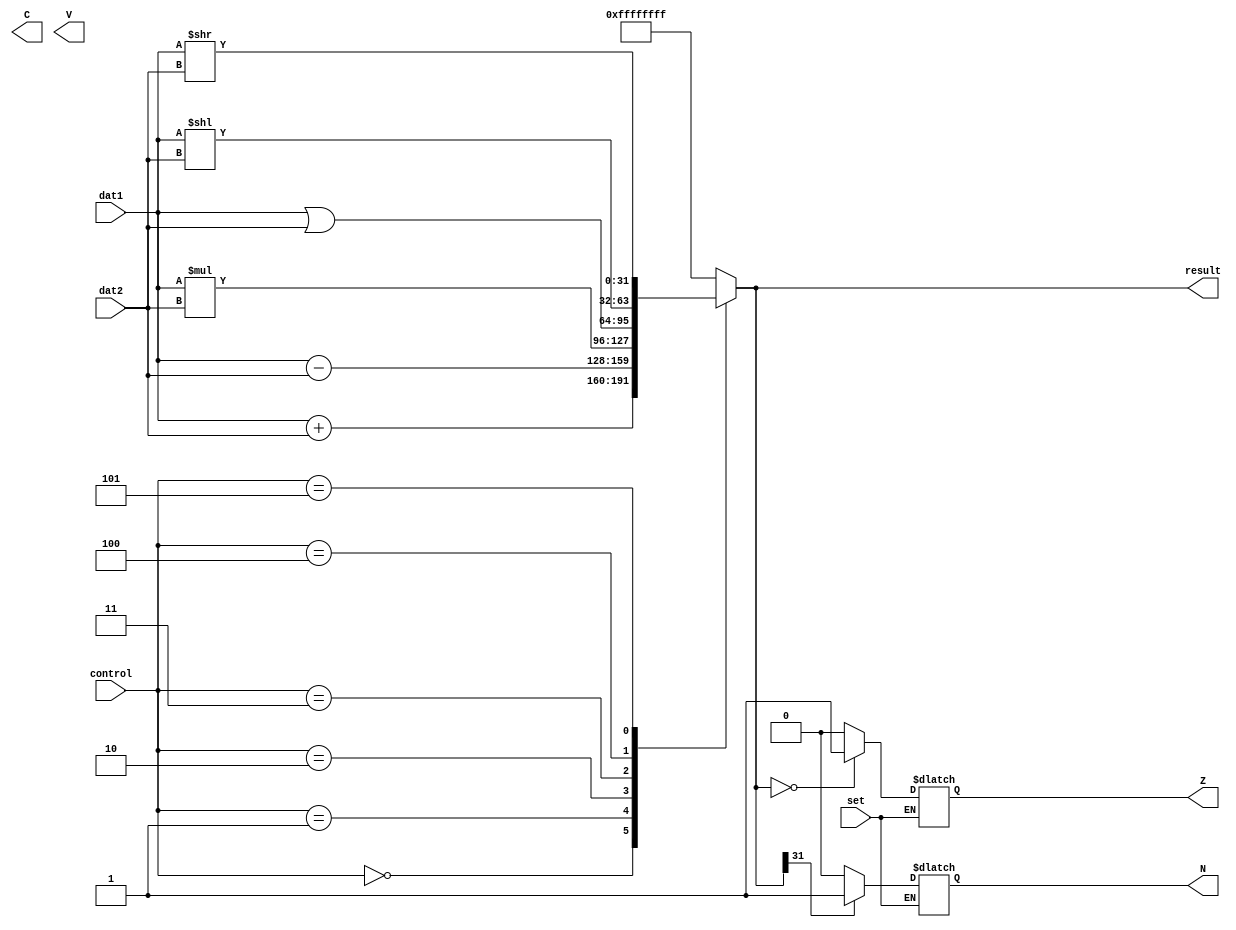
`timescale 1ns / 1ps

module ALU(
	input [31:0] dat1,
	input [31:0] dat2,
	input [2:0] control,
	
	input set,

	output reg Z,
	output reg N, 
	output reg C, //Not implemented
	output reg V, //Not implemented
	output reg [31:0] result
);

/*
0 : add
1: sub
2: mul
3: or
4: lsl
5: lsr
6:
7:
*/

always @* begin
	case(control)
		0 : begin
			result = dat1 + dat2;
		end
		1 : begin
			result = dat1 - dat2;
		end
		2 : begin
			result = dat1 * dat2;
		end
		3 : begin
			result = dat1 | dat2;
		end
		4 : begin
			result = dat1 << dat2;
		end
		5 : begin
			result = dat1 >> dat2;
		end
		default : result = -1;
	endcase;
	if(set) begin
		N = (result[31] == 1) ? 1: 0;
		Z = (result == 0) ? 1: 0;
	end
end


endmodule